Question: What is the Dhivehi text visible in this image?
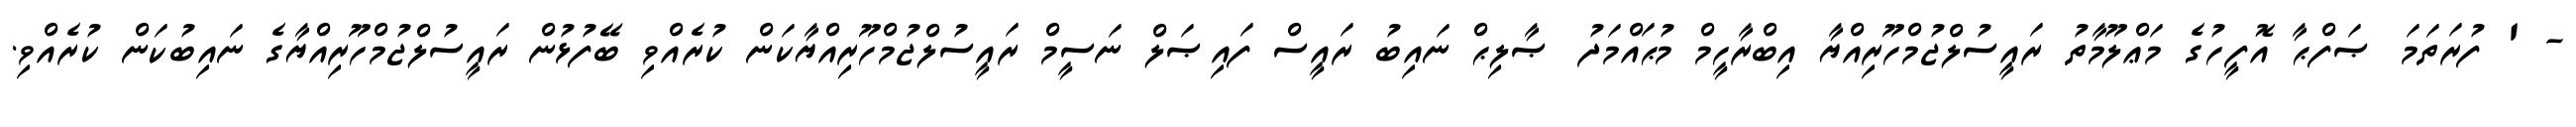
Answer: - ' ފުރަތަމަ ޞަފްޙާ އޮފީހުގެ މަޢްލޫމާތު ރައީސުލްޖުމްހޫރިއްޔާ އިބްރާހީމް މުޙައްމަދު ޞާލިޙް ނައިބު ރައީސް ފައިޞަލް ނަސީމް ރައީސުލްޖުމްހޫރިއްޔާކަން ކުރެއްވި ބޭފުޅުން ރައީސުލްޖުމްހޫރިއްޔާގެ ނައިބުކަން ކުރެއްވި.